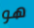
هو